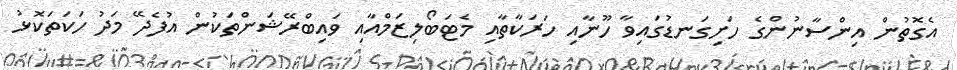
އެގޮތުން އިންސާނުންގެ ހަށިގަނޑުގައިވާ ހޫނާއި ހަރަކާތާއި މެޓަބޯލިޒަމްއާއި ވައިބްރޭޝަންތަކުން އުފެދޭ މަދު ހަކަތަކޮޅު